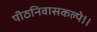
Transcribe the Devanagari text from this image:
पीठनिवासकल्पे।।